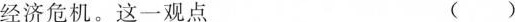
经济危机。这一观点 ()